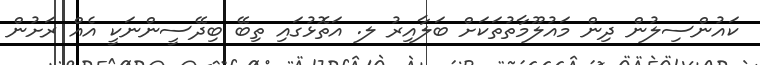
ކައުންސިލުން ދިން މައުލޫމާތުތަކަށް ބަލާއިރު ލ. އަތޮޅުގައި ތިބޭ ބިދޭސީންނަކީ އެއް ރަށުން